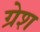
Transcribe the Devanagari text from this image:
ग्रेश